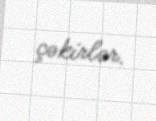
çəkirlər.